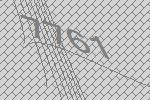
7761